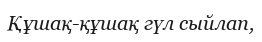
Құшақ-құшақ гүл сыйлап,